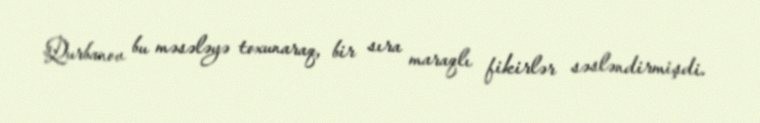
Qurbanov bu məsələyə toxunaraq, bir sıra maraqlı fikirlər səsləndirmişdi.